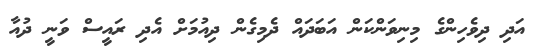
އަދި ދިވެހިންގެ މިނިވަންކަން އަބަދައް ދެމިގެން ދިއުމަށް އެދި ރައީސް ވަނީ ދުއާ